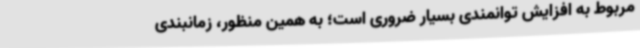
مربوط به افزایش توانمندی بسیار ضروری است؛ به همین منظور، زمانبندی